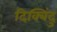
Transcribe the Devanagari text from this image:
दिक्बिंदु